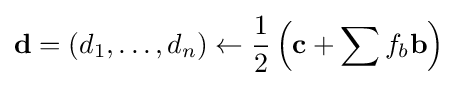
\mathbf {d} =(d_{1},\dots ,d_{n})\gets {\frac {1}{2}}\left(\mathbf {c} +\sum f_{b}\mathbf {b} \right)